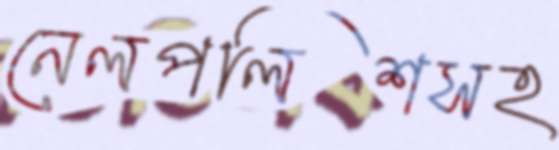
নেলপলিশসহ